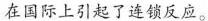
在国际上引起了连锁反应。